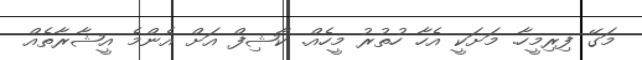
މަގޭ ފިރިމީހާ. މަށަކީ އެހާ ހުތުރު މީހެއް. ކާޝިފް އަށް އެންމެ އީޝާރާތެއް